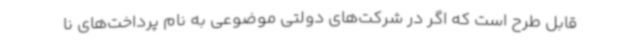
قابل طرح است که اگر در شرکت‌های دولتی موضوعی به نام پرداخت‌های نا